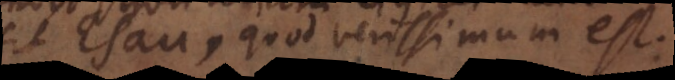
sit Esau, quod verissimum est.